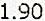
1.90